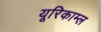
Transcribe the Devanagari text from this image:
यूरिकाम्ल